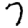
Digit: 7